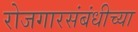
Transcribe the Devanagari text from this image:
रोजगारसंबंधीच्या